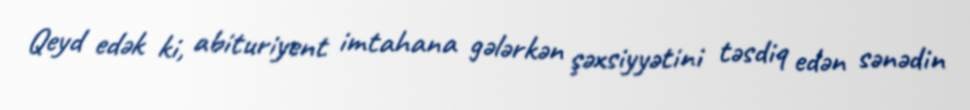
Qeyd edək ki, abituriyent imtahana gələrkən şəxsiyyətini təsdiq edən sənədin